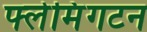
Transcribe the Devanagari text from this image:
फ्लेमिंगटन